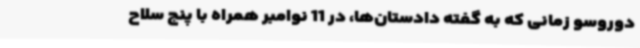
دوروسو زمانی که به گفته دادستان‌ها، در 11 نوامبر همراه با پنج سلاح